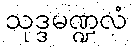
သုဒ္ဒမဏ္ဍလံ